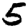
Digit: 5